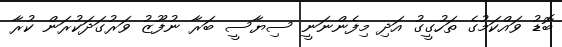
ބޮޑު ވައްކަމުގެ ތަހުގީގު އަދި މިފެންނަނީ ސިޔާސީ ބަރާ ނުފޫޒު ވަރުގަދަކުރަން ކުރާ